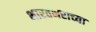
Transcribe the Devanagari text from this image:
भारतभराच्‍या